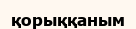
қорыққаным